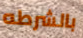
بالشرطه